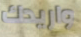
واريدك